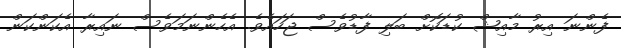
ފެންނަ އިރު މާއިޝް ކުޑަކޮށް ބަލި ފާޑުވެސް ޖަހައެވެ. އެހެންނަމަވެސް ނައިރާ އެކަންކަން